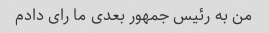
من به رئیس جمهور بعدی ما رای دادم